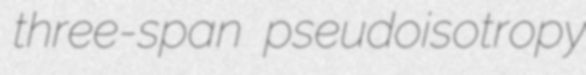
three-span pseudoisotropy